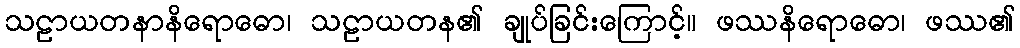
သဠာယတနာနိရောဓော၊ သဠာယတန၏ ချုပ်ခြင်းကြောင့်။ ဖဿနိရောဓော၊ ဖဿ၏